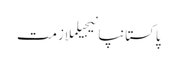
پاکستانپانیجیلملازمت